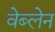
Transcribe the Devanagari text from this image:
वेब्लेन